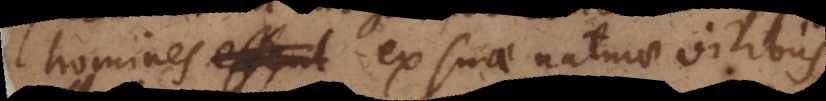
homines ex suae naturae vi